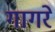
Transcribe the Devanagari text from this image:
गागरे